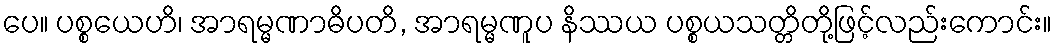
ပေ။ ပစ္စယေဟိ၊ အာရမ္မဏာဓိပတိ, အာရမ္မဏူပ နိဿယ ပစ္စယသတ္တိတို့ဖြင့်လည်းကောင်း။